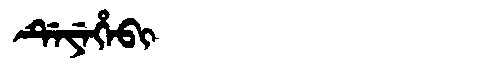
Manchu: ᡩᡝᠶᡝᡥᡝᠪᡳ
Romanization: DEYEHEBI